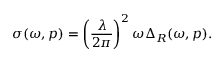
\sigma ( \omega , p ) = \left( \frac { \lambda } { 2 \pi } \right) ^ { 2 } \omega \Delta _ { R } ( \omega , p ) .